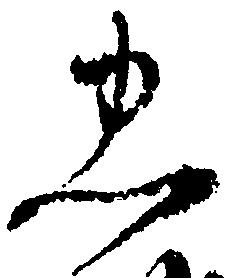
忠